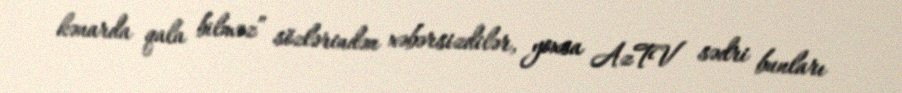
kənarda qala bilməz” sözlərindən xəbərsizdilər, yoxsa AzTV sədri bunları